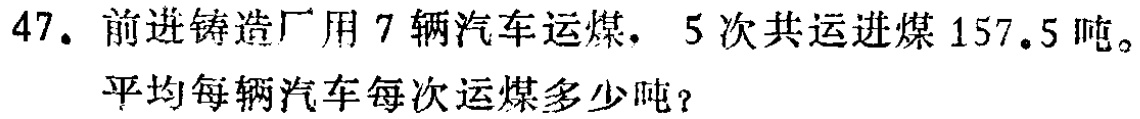
47. 前进铸造厂用7辆汽车运煤，5次共运进煤157.5吨。

平均每辆汽车每次运煤多少吨？